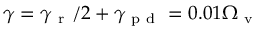
\gamma = \gamma _ { \mathrm { ~ r ~ } } / 2 + \gamma _ { \mathrm { ~ p ~ d ~ } } = 0 . 0 1 \Omega _ { \mathrm { ~ v ~ } }